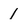
Character: 1